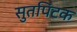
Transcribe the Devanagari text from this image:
सुतपिटक